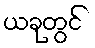
ယခုတွင်